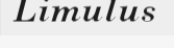
Limulus